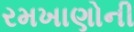
રમખાણોની